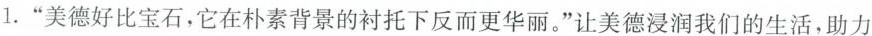
1.”美德好比宝石，它在朴素背景的衬托下反而更华丽。”让美德浸润我们的生活，助力